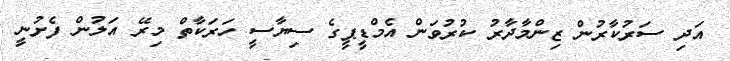
އަދި ސަރުކާރުން ޒިންމާދާރު ކުރުވަން އެމްޑީޕީގެ ސިޔާސީ ހަރަކާތް މިރޭ އަލުން ފެށުނީ